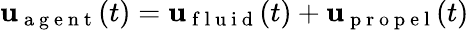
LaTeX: \mathbf{u}_{\mathrm{~a~g~e~n~t~}}(t)=\mathbf{u}_{\mathrm{~f~l~u~i~d~}}(t)+\mathbf{u}_{\mathrm{~p~r~o~p~e~l~}}(t)